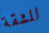
للشقة